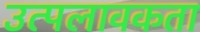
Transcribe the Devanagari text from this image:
उत्पलावकता